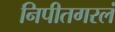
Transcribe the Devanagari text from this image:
निपीतगरलं